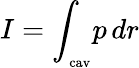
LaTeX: I=\int_{_\mathrm{cav}}\! p\, dr